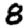
Digit: 8